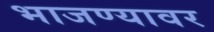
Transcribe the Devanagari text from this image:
भाजण्यावर